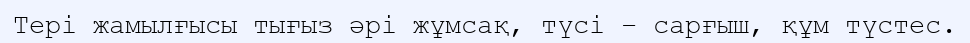
Тері жамылғысы тығыз әрі жұмсақ, түсі – сарғыш, құм түстес.